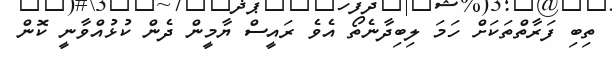
ތިބި ފަރާތްތަކަށް ހަމަ ލިބިދާނެތޯ އެވެ ރައީސް ޔާމީން ދެން ކުޅުއްވާނީ ކޮން